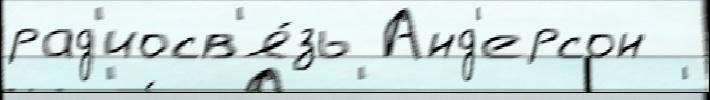
рад'иосв'я́зь Анд'ерсон